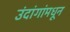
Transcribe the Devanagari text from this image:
उंदांगांमधून